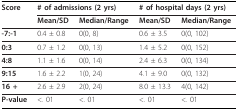
| Score | <COLSPAN=2> # of admissions (2 yrs) | <COLSPAN=2> # of hospital days (2 yrs) |
 |  | Mean/SD | Median/Range | Mean/SD | Median/Range |
 | --- | --- | --- | --- | --- |
 | -7:-1 | 0.4 ± 0.8 | 0(0, 8) | 0.6 ± 3.5 | 0(0, 102) |
 | 0:3 | 0.7 ± 1.2 | 0(0, 13) | 1.4 ± 5.2 | 0(0, 152) |
 | 4:8 | 1.1 ± 1.6 | 0(0, 14) | 2.4 ± 6.3 | 0(0, 134) |
 | 9:15 | 1.6 ± 2.2 | 1(0, 24) | 4.1 ± 9.0 | 0(0, 132) |
 | 16 + | 2.6 ± 2.9 | 2(0, 24) | 8.0 ± 13.3 | 4(0, 142) |
 | P-value | <. 01 | <. 01 | <. 01 | <. 01 |